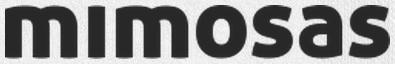
mimosas